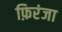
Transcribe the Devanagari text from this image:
फ़िरंजा